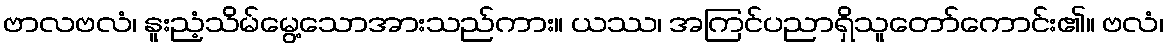
ဗာလဗလံ၊ နူးညံ့သိမ်မွေ့သောအားသည်ကား။ ယဿ၊ အကြင်ပညာရှိသူတော်ကောင်း၏။ ဗလံ၊